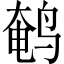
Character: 鹌